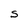
Character: S